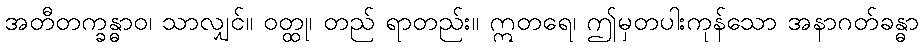
အတီတက္ခန္ဓာဝ၊ သာလျှင်။ ဝတ္ထု၊ တည် ရာတည်း။ ဣတရေ၊ ဤမှတပါးကုန်သော အနာဂတ်ခန္ဓာ